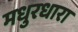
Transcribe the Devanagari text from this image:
मधुरधारा